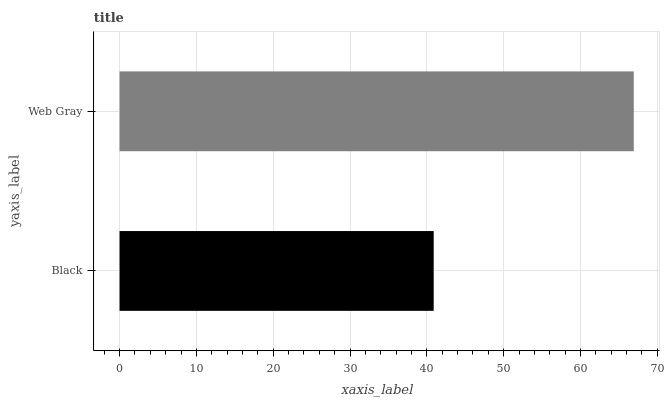
| yaxis_label | bars |
 | --- | --- |
 | Black | 40.9 |
 | Web Gray | 66.9 |